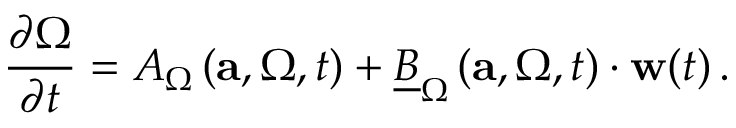
\frac { \partial \Omega } { \partial t } = A _ { \Omega } \left( \mathbf { a } , \Omega , t \right) + \underline { { B } } _ { \Omega } \left( \mathbf { a } , \Omega , t \right) \cdot \mathbf { w } ( t ) \, .